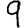
Digit: 9